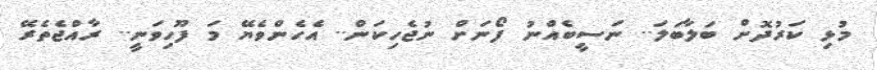
މުޅި ކަރުދޮށް ބަލާބަލަ.. ނަސީބެއްނު ފޯނަށް ނުޖެހިކަން.. އެހެންވެޔޭ މަ ފޫހިވަނީ.. ރާއްޖެތެރޭ